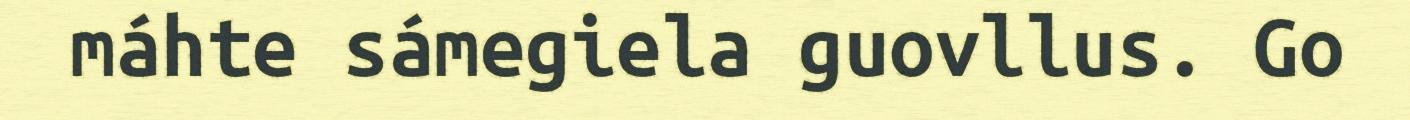
máhte sámegiela guovllus. Go